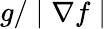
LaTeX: g/\mid\nabla f\mid